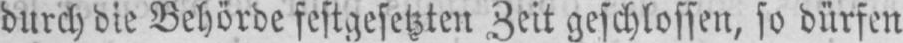
durch die Behörde festgesetzten Zeit geschlossen, so dürfen